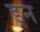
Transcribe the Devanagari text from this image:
ड्रन